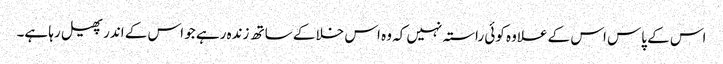
اس کے پاس اس کے علاوہ کوئی راستہ نہیں کہ وہ اس خلا کے ساتھ زندہ رہے جو اس کے اندر پھیل رہا ہے۔